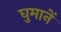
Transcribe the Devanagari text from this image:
घुमानें